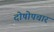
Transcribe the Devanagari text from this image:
दोषोपचार